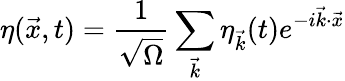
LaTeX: \eta(\vec{x},t)=\frac{1}{\sqrt{\Omega}}\sum_{\vec{k}}\eta_{\vec{k}}(t)e^{-i\vec{k}\cdot\vec{x}}